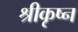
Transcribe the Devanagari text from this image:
श्रीकृष्न